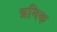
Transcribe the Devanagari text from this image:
ध्रमिक